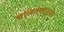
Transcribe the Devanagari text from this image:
चालवणारया